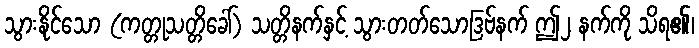
သွားနိုင်သော (ကတ္တုသတ္တိခေါ်) သတ္တိနက်နှင့် သွားတတ်သောဒြဗ်နက် ဤ၂ နက်ကို သိရ၏၊